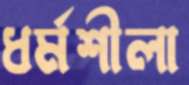
ধর্মশীলা